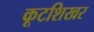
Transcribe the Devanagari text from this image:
कूटशिखर